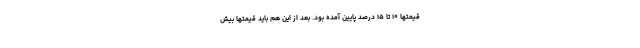
قیمتها ۱۰ تا ۱۵ درصد پایین آمده بود. بعد از این هم باید قیمتها بیش